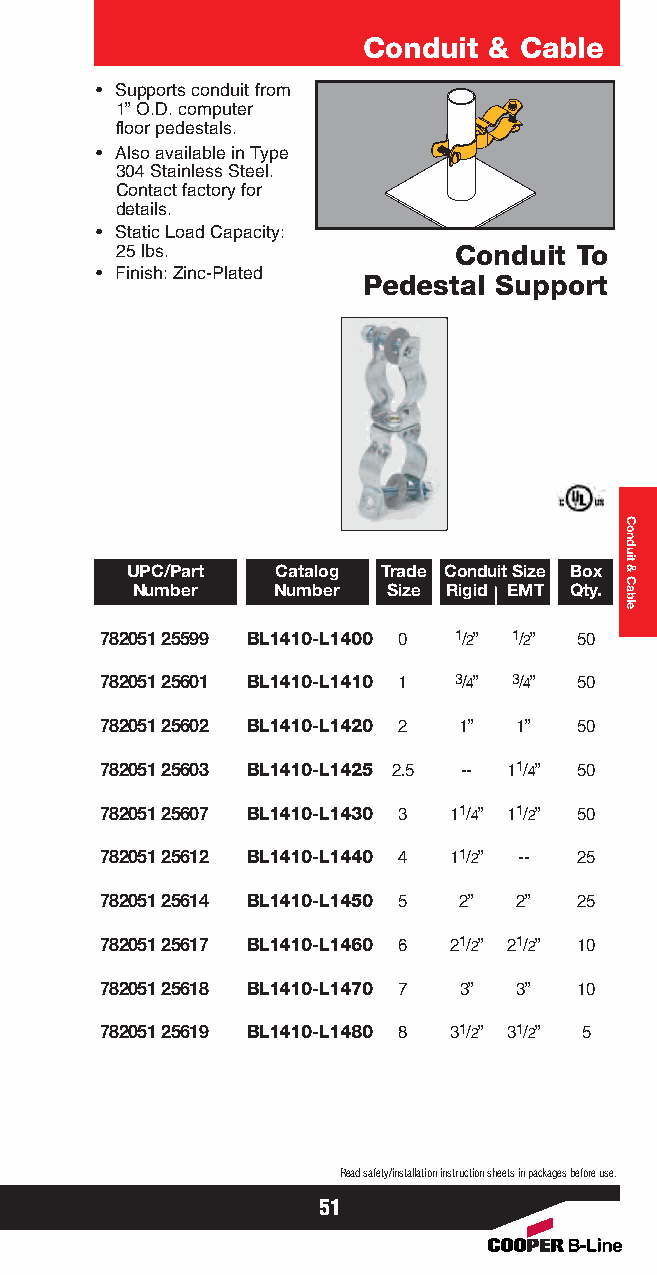
Conduit & Cable
 • Supports conduit from
 1” O.D. computer
 floor pedestals.
 • Also available in Type
 304 Stainless Steel.
 Contact factory for
 details.
 • Static Load Capacity:
 25 lbs.               Conduit To
 • Finish: Zinc-Plated
 Pedestal Support
 UPC/Part  Catalog Trade Conduit Size Box
 Number   Number  Size Rigid EMT Qty.
 782051 25599 BL1410-L1400 0 1/2” 1/2” 50
 782051 25601 BL1410-L1410 1 3/4” 3/4” 50
 782051 25602 BL1410-L1420 2 1” 1” 50
 782051 25603 BL1410-L1425 2.5 -- 11/4” 50
 782051 25607 BL1410-L1430 3 11/4” 11/2” 50
 782051 25612 BL1410-L1440 4 11/2” -- 25
 782051 25614 BL1410-L1450 5 2” 2” 25
 782051 25617 BL1410-L1460 6 21/2” 21/2” 10
 782051 25618 BL1410-L1470 7 3” 3” 10
 782051 25619 BL1410-L1480 8 31/2” 31/2” 5
 Read safety/installation instruction sheets in packages before use.
 51
 Conduit
 &
 Cable